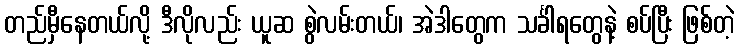
တည်မှီနေတယ်လို့ ဒီလိုလည်း ယူဆ စွဲလမ်းတယ်၊ အဲဒါတွေက သင်္ခါရတွေနဲ့ စပ်ပြီး ဖြစ်တဲ့